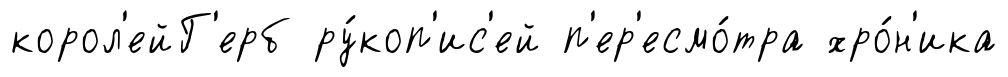
корол'ейГ'ерб ру́коп'ис'ей п'ер'есмо́тра хро́н'ика